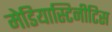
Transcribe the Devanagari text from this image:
मेडियास्टिनीटिस